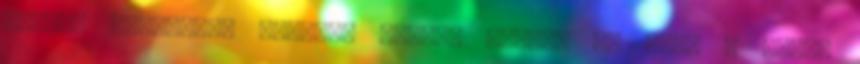
ülésén találtam, édesem. Aggódó képpel ér haza a férj: